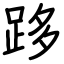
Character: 跢